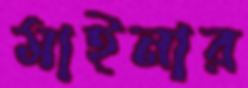
মাইনার